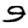
Digit: 9